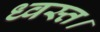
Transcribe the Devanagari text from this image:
ध्वस्त।